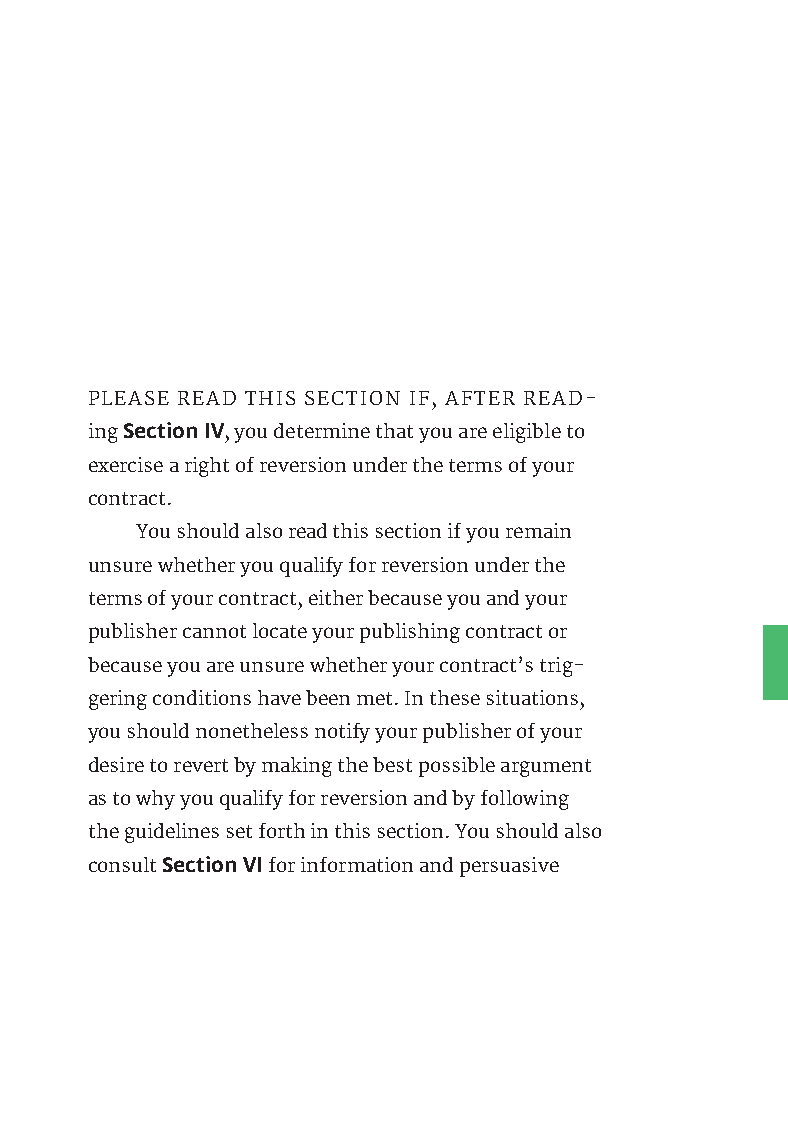
PLEASE READ THIS SECTION IF, AFTER READ-
 ing Section IV, you determine that you are eligible to
 exercise a right of reversion under the terms of your
 contract.
 You should also read this section if you remain
 unsure whether you qualify for reversion under the
 terms of your contract, either because you and your
 publisher cannot locate your publishing contract or
 because you are unsure whether your contract’s trig-
 gering conditions have been met. In these situations,
 you should nonetheless notify your publisher of your
 desire to revert by making the best possible argument
 as to why you qualify for reversion and by following
 the guidelines set forth in this section. You should also
 consult Section VI for information and persuasive